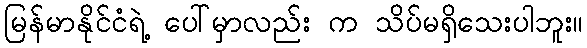
မြန်မာနိုင်ငံရဲ့ ပေါ်မှာလည်း က သိပ်မရှိသေးပါဘူး။